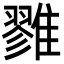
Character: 雡